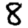
Digit: 8